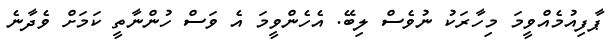
ޕާފިއުމެއްވީމަ މިހާރަކު ނުވެސް ލިބޭ. އެހެންވީމަ އެ ވަސް ހުންނާތީ ކަމަށް ވެދާނެ